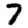
Digit: 7